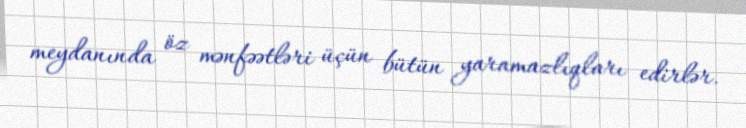
meydanında öz mənfəətləri üçün bütün yaramazlıqları edirlər.